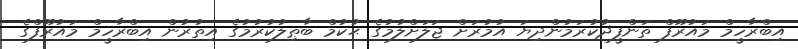
އިބްރާހީމް މައުރޫފް ތަންފީޛުކުރަމުންދިޔަ އުމުރަށް ޖަލަށްލުމުގެ ޙުކުމް ބާޠިލުކުރުމުގެ އިތުރުން އިބްރާހީމް މައުރޫފްގެ